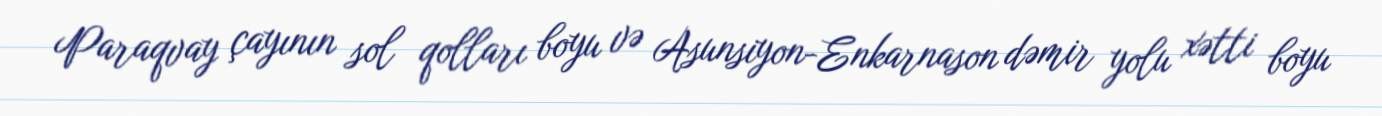
Paraqvay çayının sol qolları boyu və Asunsiyon-Enkarnason dəmir yolu xətti boyu